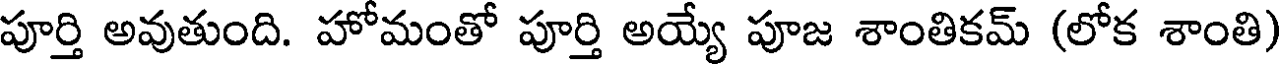
పూర్తి అవుతుంది. హోమంతో పూర్తి అయ్యే పూజ శాంతికమ్ (లోక శాంతి)